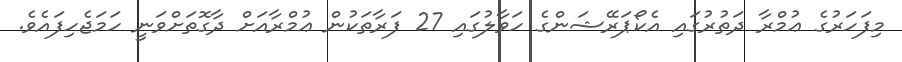
މިފަހަރުގެ ޢުމްރާ ދަތުރުގައި އެކޯޕަރޭޝަންގެ ހަވާލުގައި 27 ފަރާތަކުން ޢުމްރާއަށް ދާގޮތަށްވަނީ ހަމަޖެހިފައެވެ.